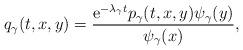
LaTeX: \begin{align*}q_\gamma(t,x,y)=\frac{\mathrm{e}^{-\lambda_\gamma t}p_\gamma(t,x,y)\psi_\gamma(y)}{\psi_\gamma(x)}, \end{align*}